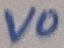
Text: VO